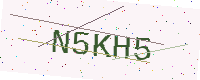
Text: N5KH5